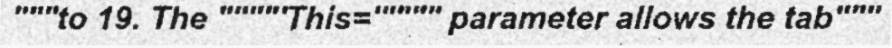
"""to 19. The """"'This='"""" parameter allows the tab"""